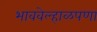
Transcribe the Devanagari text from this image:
भाववेल्हाळपणा